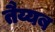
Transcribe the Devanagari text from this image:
तैय्यब